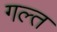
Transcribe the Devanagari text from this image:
गल्त